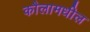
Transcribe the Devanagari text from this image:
कौलामधील